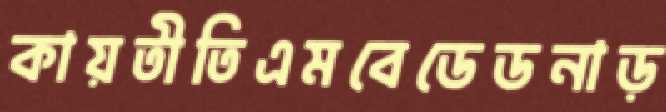
কায়তীতিএমবেডেডনাড়